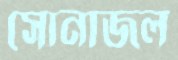
সোনাজল